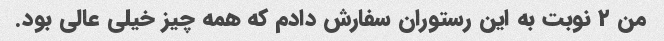
من ۲ نوبت به این رستوران سفارش دادم که همه چیز خیلی عالی بود.